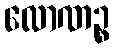
လောဏဉ္စ